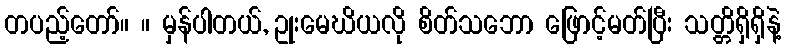
တပည့်တော်။ ။ မှန်ပါတယ်, ဥုးမေဃိယလို စိတ်သဘော ဖြောင့်မတ်ပြီး သတ္တိရှိရှိနဲ့